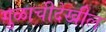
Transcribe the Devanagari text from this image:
गुळाचीदेखील